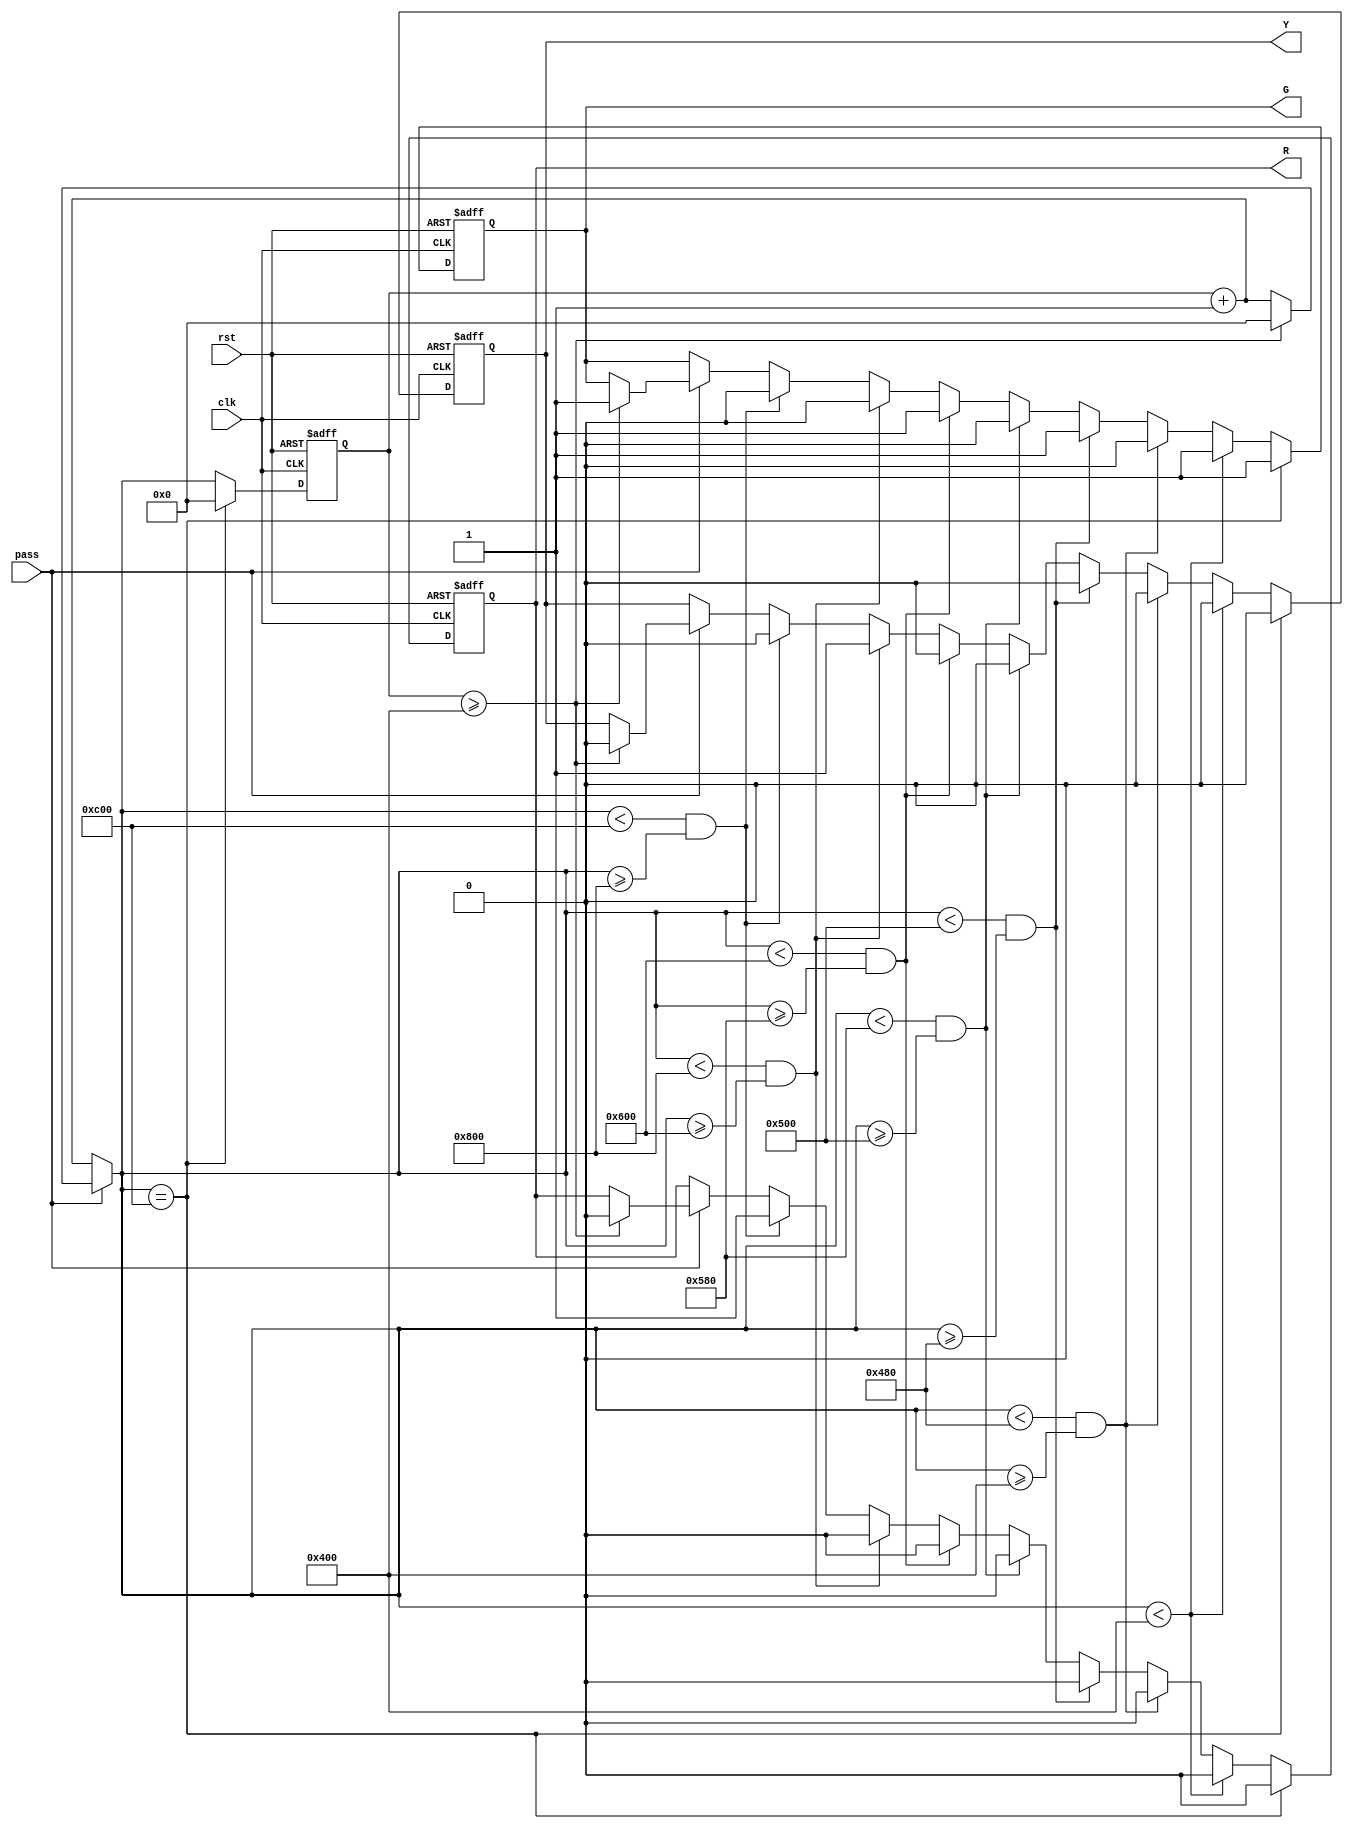
module traffic_light (clk,rst,pass,R,G,Y);
//write your code here

input  clk;
input  rst;
input  pass;
output R;
output G;
output Y;
reg R,G,Y;
reg [15:0]count;

always@(posedge clk or posedge rst)
begin
if (rst)
	begin
	count=16'd0;
	R=0;
	G=1;
	Y=0;
	end
else	
	begin
	if(pass)
		begin
		if(count>=16'd1024)//not first step G
			begin
			R=0;
			G=1;
			Y=0;
			count=0;
			end
		else
			begin
			count=count+1;
			end
		end
	else//count continue
		count = count + 16'd1;
		begin
		if(count==16'd3072)
			begin
			count=0;
			R=0;
			G=1;
			Y=0;
			end
		else if(count<16'd1024)//G
			begin
			R=0;
			G=1;
			Y=0;
			end
		else if(count<16'd1152&&count>=16'd1024)//N
			begin
			R=0;
			G=0;
			Y=0;
			end
		else if(count<16'd1280&&count>=16'd1152)//G
			begin
			R=0;
			G=1;
			Y=0;
			end
		else if(count<16'd1408&&count>=16'd1280)//N
			begin
			R=0;
			G=0;
			Y=0;
			end
		else if(count<16'd1536&&count>=16'd1408)//G
			begin
			R=0;
			G=1;
			Y=0;
			end
		else if(count<16'd2048&&count>=16'd1536)//Y
			begin
			R=0;
			G=0;
			Y=1;
			end
		else if(count<16'd3072&&count>=16'd2048)//R
			begin
			R=1;
			G=0;
			Y=0;
			end
		else
			begin	
			count=count;
			end
		end
	end
end
endmodule